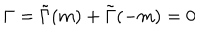
LaTeX: \Gamma = \tilde { \Gamma } ( m ) + \tilde { \Gamma } ( - m ) = 0